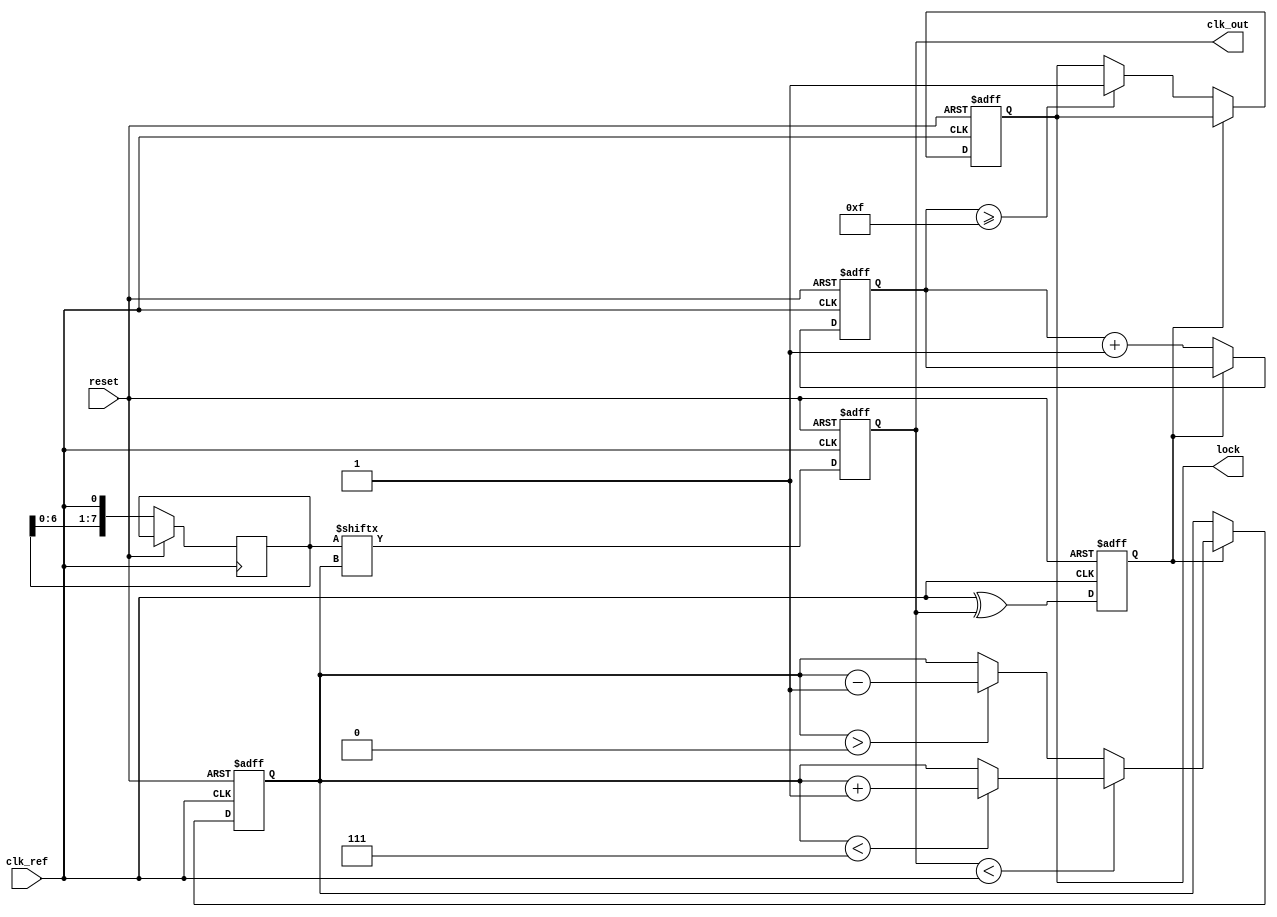
module MemoryBlocksDLL (
    input wire clk_ref,          // Reference clock input
    input wire reset,            // Reset signal
    output reg clk_out,          // Output clock
    output reg lock              // Lock indication
);

// Parameters
parameter NUM_DELAY_STAGES = 8; // Number of delay stages
parameter DELAY_INCREMENT = 1;   // Delay increment value

// Internal signals
reg [NUM_DELAY_STAGES-1:0] delay_line; // Delay line stages
reg [2:0] delay_setting;                // Current delay setting
reg phase_error;                        // Phase error signal
reg [3:0] lock_counter;                 // Lock detection counter

// Memory blocks to store delay settings (simple register for example)
reg [2:0] delay_memory; // Memory to store delay settings

// Phase Detector
always @(posedge clk_ref or posedge reset) begin
    if (reset) begin
        phase_error <= 0;
    end else begin
        // Compare reference clock with delayed clock
        // Here we assume clk_out is generated from the delay line
        phase_error <= (clk_ref ^ clk_out); // Simple XOR for phase error
    end
end

// Control Logic
always @(posedge clk_ref or posedge reset) begin
    if (reset) begin
        delay_setting <= 0;
        lock_counter <= 0;
        lock <= 0;
    end else begin
        if (phase_error) begin
            // Adjust delay setting based on phase error
            if (clk_out < clk_ref) begin
                if (delay_setting < NUM_DELAY_STAGES-1) begin
                    delay_setting <= delay_setting + DELAY_INCREMENT;
                end
            end else begin
                if (delay_setting > 0) begin
                    delay_setting <= delay_setting - DELAY_INCREMENT;
                end
            end
        end else begin
            // Increment lock counter if phase error is minimized
            lock_counter <= lock_counter + 1;
            if (lock_counter >= 4'b1111) begin
                lock <= 1; // Indicate locked state
            end
        end
    end
end

// Delay Line Implementation
always @(posedge clk_ref or posedge reset) begin
    if (reset) begin
        clk_out <= 0;
    end else begin
        // Simple delay line implementation using a shift register
        // This is a placeholder for actual delay elements
        delay_line <= {delay_line[NUM_DELAY_STAGES-2:0], clk_ref};
        clk_out <= delay_line[delay_setting]; // Select the appropriate delayed clock
    end
end

// Memory Blocks (for storing delay settings)
always @(posedge clk_ref or posedge reset) begin
    if (reset) begin
        delay_memory <= 0; // Initialize memory
    end else begin
        delay_memory <= delay_setting; // Store current delay setting
    end
end

endmodule